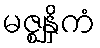
မဇ္ဈနှိကံ